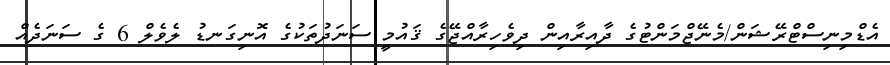
އެޑްމިނިސްޓްރޭޝަން/މެނޭޖްމަންޓުގެ ދާއިރާއިން ދިވެހިރާއްޖޭގެ ޤައުމީ ސަނަދުތަކުގެ އޮނިގަނޑު ލެވެލް 6 ގެ ސަނަދެއް